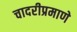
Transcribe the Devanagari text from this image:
चादरीप्रमाणे